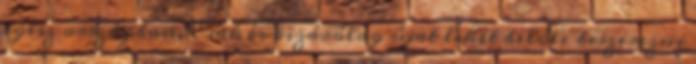
egész országban. Csak és kizárólag újat lehet belőle beszerezni